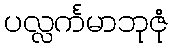
ပလ္လင်္ကမာဘုဇုံ